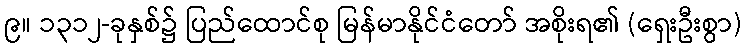
၉။ ၁၃၁၂-ခုနှစ်၌ ပြည်ထောင်စု မြန်မာနိုင်ငံတော် အစိုးရ၏ (ရှေးဦးစွာ)